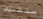
ستفسد